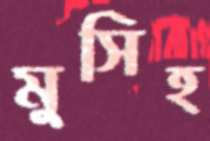
মুসিহ